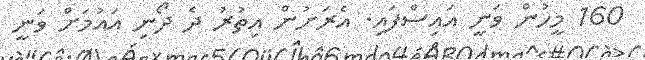
160 މީހުން ވަނީ އައިސްފައި. އެރަށުން އިތުރު ދެ ދޯނި އައުމަށް ވަނީ